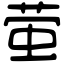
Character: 萤